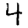
Digit: 4